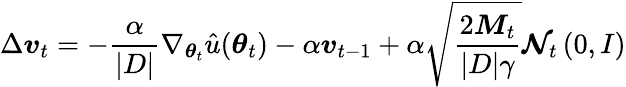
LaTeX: \Delta\boldsymbol{v}_{t}=-\frac{\alpha}{|D|}\nabla_{\boldsymbol{\theta}_{t}}\hat{u}(\boldsymbol{\theta}_{t})-\alpha\boldsymbol{v}_{t-1}+\alpha\sqrt{\frac{2\boldsymbol{M}_{t}}{|D|\gamma}}\boldsymbol{\mathcal{N}}_{t}\left(0,I\right)